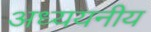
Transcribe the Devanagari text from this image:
अध्ययनीय